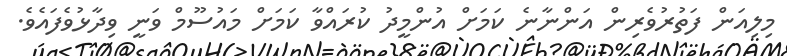
މިލިއަން ފަތުރުވެރިން އަންނާނެ ކަމަށް އުންމީދު ކުރައްވާ ކަމަށް މައުސޫމް ވަނީ ވިދާޅުވެފައެވެ.